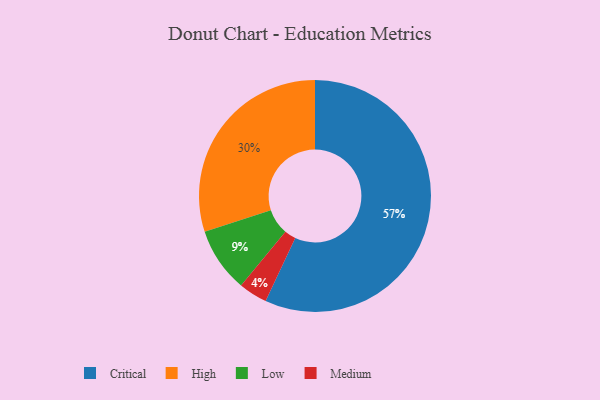
{"axis": {"x": "Category", "y": "Percentage"}, "legend": ["Critical", "High", "Low", "Medium"], "data": [{"x": "Low", "y": 9, "type": "Low"}, {"x": "Medium", "y": 4, "type": "Medium"}, {"x": "Critical", "y": 57, "type": "Critical"}, {"x": "High", "y": 30, "type": "High"}]}